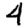
Digit: 4